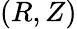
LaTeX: (R,Z)